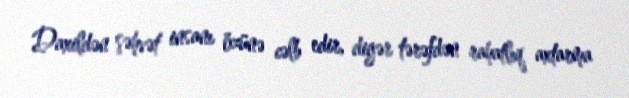
Daxildən şəhvət insanı özünə cəlb edir, digər tərəfdən rahatlıq axtarma